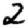
Digit: 2